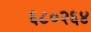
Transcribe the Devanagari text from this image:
६८०२६४